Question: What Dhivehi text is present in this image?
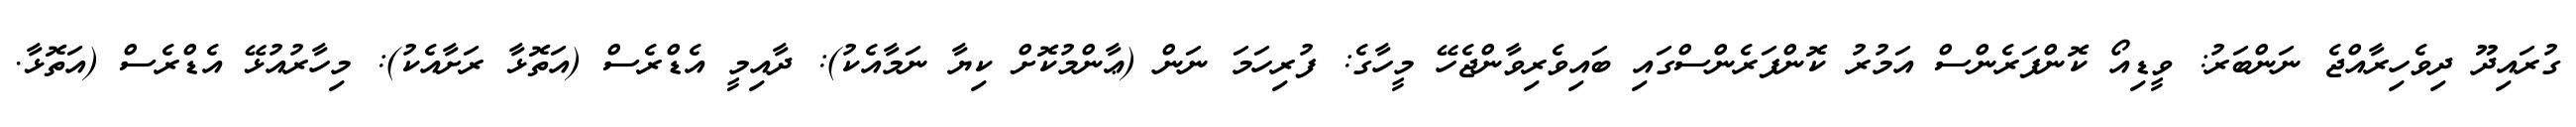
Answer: ގުރައިދޫ ދިވެހިރާއްޖެ ނަންބަރު: ވީޑިއޯ ކޮންފަރެންސް އަމުރު ކޮންފަރެންސްގައި ބައިވެރިވާންޖެހޭ މީހާގެ: ފުރިހަމަ ނަން (ޢާންމުކޮށް ކިޔާ ނަމާއެކު): ދާއިމީ އެޑްރެސް (އަތޮޅާ ރަށާއެކު): މިހާރުއުޅޭ އެޑްރެސް (އަތޮޅާ.